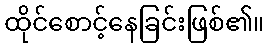
ထိုင်စောင့်နေခြင်းဖြစ်၏။